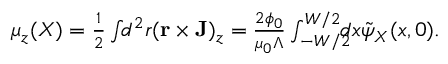
\begin{array} { r } { \mu _ { z } ( X ) = \frac { 1 } { 2 } \int \! \! d ^ { 2 } r ( { \bf r } \times { \bf J } ) _ { z } = \frac { 2 \phi _ { 0 } } { \mu _ { 0 } \Lambda } \int _ { - W / 2 } ^ { W / 2 } \! \! \! \! d x \tilde { \psi } _ { X } ( x , 0 ) . } \end{array}